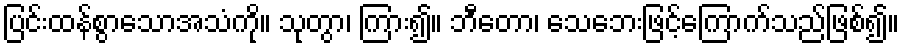
ပြင်းထန်စွာသောအသံကို။ သုတွာ၊ ကြား၍။ ဘီတော၊ သေဘေးဖြင့်ကြောက်သည်ဖြစ်၍။